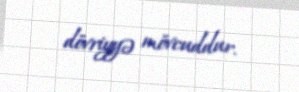
dövriyyə mövcuddur.